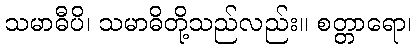
သမာဓီပိ၊ သမာဓိတို့သည်လည်း။ စတ္တာရော၊